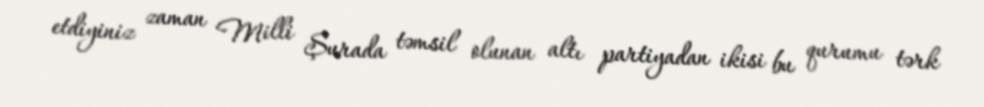
etdiyiniz zaman Milli Şurada təmsil olunan altı partiyadan ikisi bu qurumu tərk